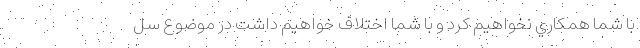
با شما همكاري نخواهيم كرد و با شما اختلاف خواهيم داشت در موضوع سل